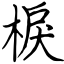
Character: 棙